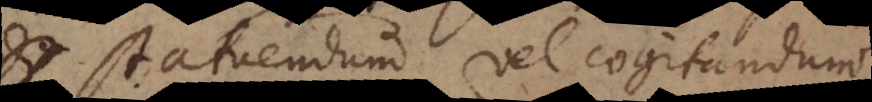
statuendum vel cogitandum.